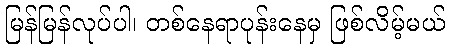
မြန်မြန်လုပ်ပါ၊ တစ်နေရာပုန်းနေမှ ဖြစ်လိမ့်မယ်